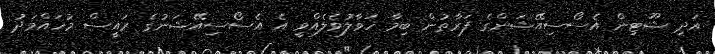
އަދި ޝޫޓިން އެސޯސިއޭޝަންގެ ފަރާތުން ބިމާ ހަވާލުވެލެއްވީ އެ އެސޯސިއޭޝަނުގެ ރައީސް މުހައްމަދު